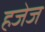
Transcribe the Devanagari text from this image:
हजेज